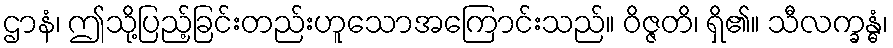
ဌာနံ၊ ဤသို့ပြည့်ခြင်းတည်းဟူသောအကြောင်းသည်။ ဝိဇ္ဇတိ၊ ရှိ၏။ သီလက္ခန္ဓံ၊